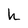
Character: h